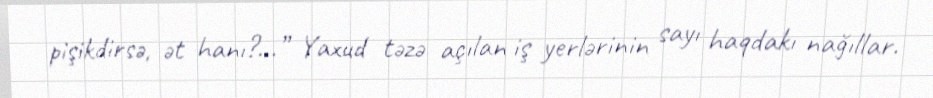
pişikdirsə, ət hanı?...” Yaxud təzə açılan iş yerlərinin sayı haqdakı nağıllar.